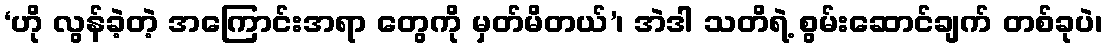
‘ဟို လွန်ခဲ့တဲ့ အကြောင်းအရာ တွေကို မှတ်မိတယ်’၊ အဲဒါ သတိရဲ့ စွမ်းဆောင်ချက် တစ်ခုပဲ၊